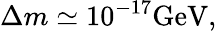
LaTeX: \Delta m\simeq 10^{-17}\mathrm{GeV},